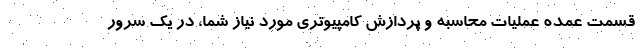
قسمت عمده عملیات محاسبه و پردازش کامپیوتری مورد نیاز شما، در یک سرور